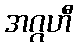
အဂ္ဂဟီ